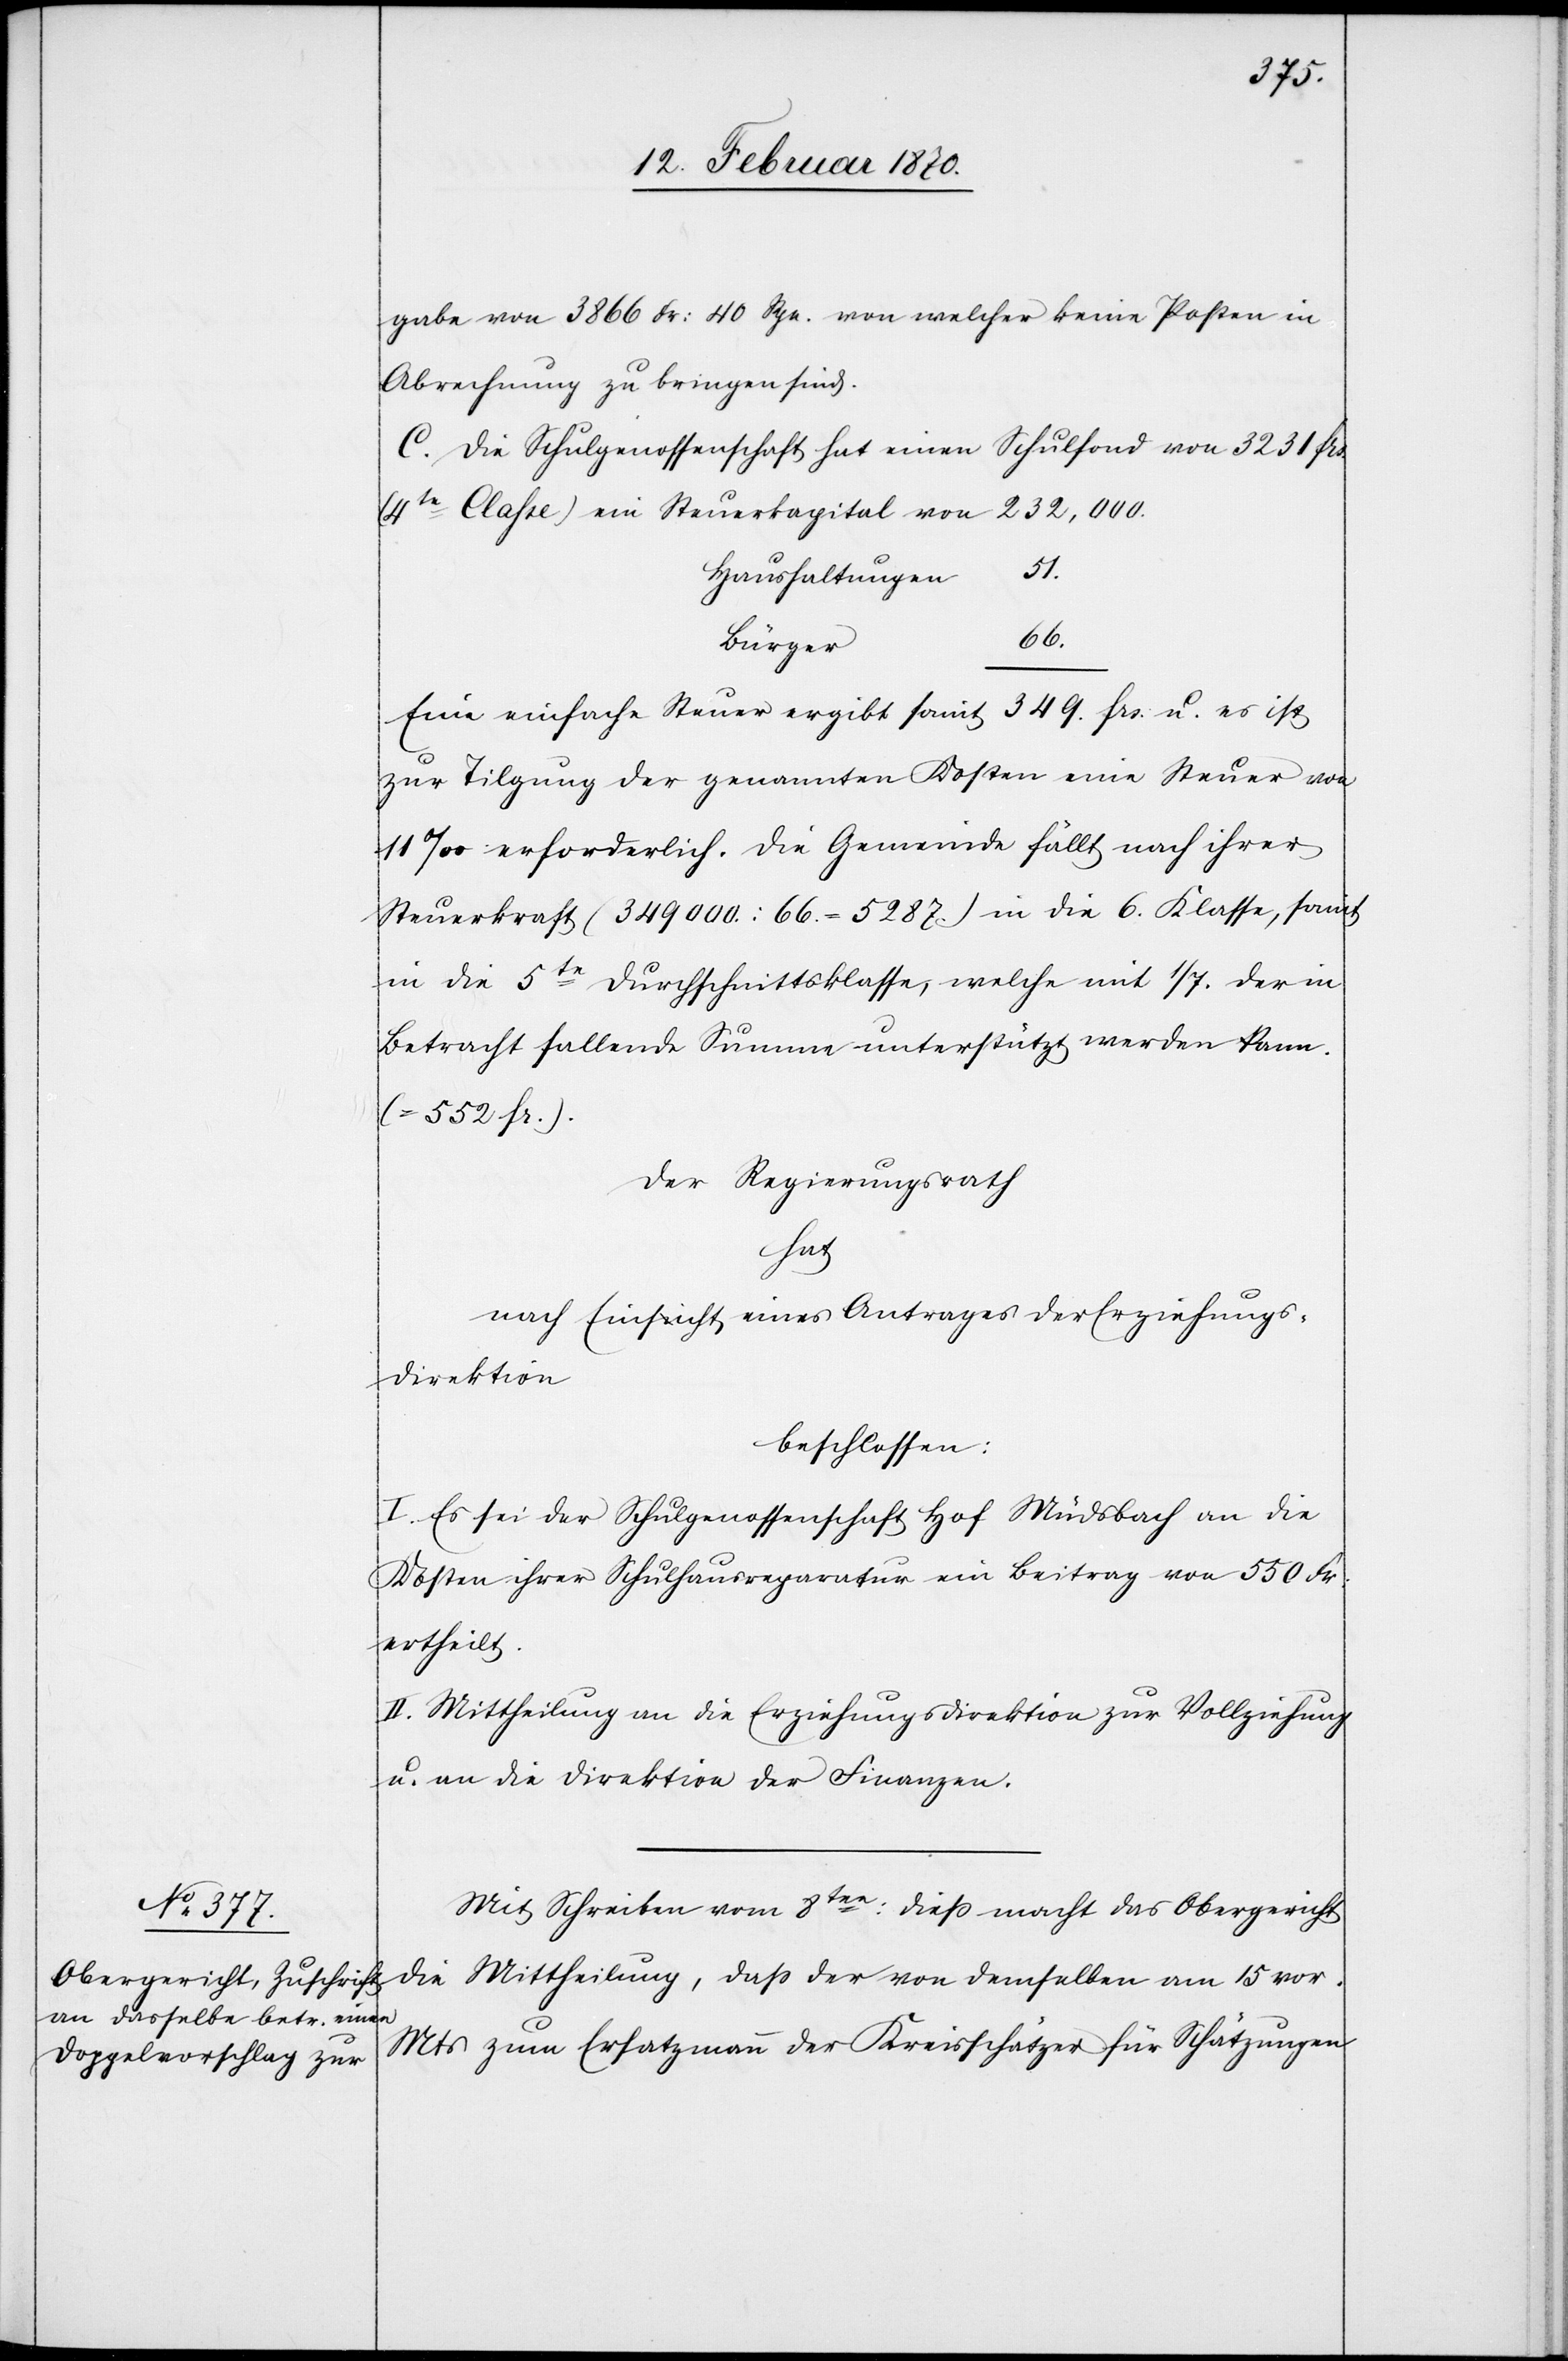
gabe von 3866 Fr: 40 Rpn. von welcher keine Posten in
Abrechnung zu bringen sind.
C. Die Schulgenossenschaft hat einen Schulfond von 3231 frs.
von
Haushaltungen
66.
Bürger
Eine einfache Steuer ergibt somit 349. frs: u. es ist
zur Tilgung der genannten Kosten eine Steuer von
11‰ erforderlich. Die Gemeinde fällt nach ihrer
Steuerkraft (349 000. : 66. = 5287.) in die 6. Klasse, somit
in die 5te Durchschnittsklasse, welche mit 1/7. der in
Betracht fallende[n] Summe unterstützt werden kann.
(= 552 fr.)
Der Regierungsrath
hat
nach Einsicht eines Antrages der Erziehungs¬
direktion
beschlossen:
I. Es sei der Schulgenossenschaft Hof Müdsbach an die
Kosten ihrer Schulhausreparatur ein Beitrag von 550 Fr.
ertheilt.
II. Mittheilung an die Erziehungsdirektion zur Vollziehung
u. an die Direktion der Finanzen.
Mit Schreiben vom 8ten: dieß macht das Obergericht
die Mittheilung, dass der von demselben am 15 vor.
Mts zum Ersatzmann der Kreisschätzer für Schätzungen